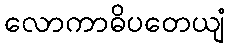
လောကာဓိပတေယျံ